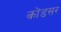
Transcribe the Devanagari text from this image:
कोंडसर